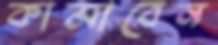
কামাবেন